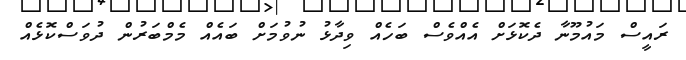
ރައީސް މައުމޫނާ ދެކޮޅަށް އެއްވެސް ބަހެއް ވިދާޅު ނުވުމަށް ބައެއް މެމްބަރުން ދުވަސްކޮޅެއް